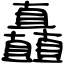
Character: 矗